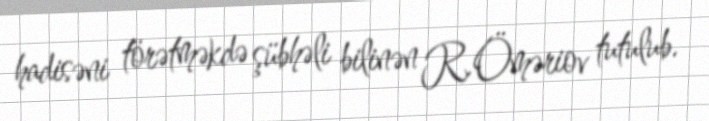
hadisəni törətməkdə şübhəli bilinən R.Öməriov tutulub.